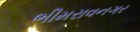
ભીમરાવનગર